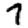
Digit: 7